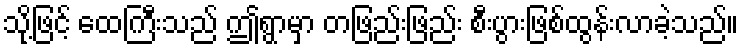
သို့ဖြင့် ထေကြီးသည် ဤရွာမှာ တဖြည်းဖြည်း စီးပွားဖြစ်ထွန်းလာခဲ့သည်။